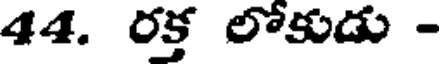
44. రక్త లోకుడు -